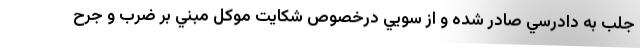
جلب به دادرسي صادر شده و از سويي درخصوص شكايت موكل مبني بر ضرب و جرح